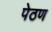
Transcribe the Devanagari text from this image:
पेठण